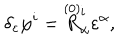
LaTeX: \delta _ { \varepsilon } \varphi ^ { i } = \stackrel { \smash { ( 0 ) } } { R } _ { \alpha } ^ { i } \varepsilon ^ { \alpha } ,